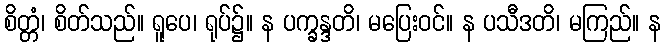
စိတ္တံ၊ စိတ်သည်။ ရူပေ၊ ရုပ်၌။ န ပက္ခန္ဒတိ၊ မပြေးဝင်။ န ပသီဒတိ၊ မကြည်။ န